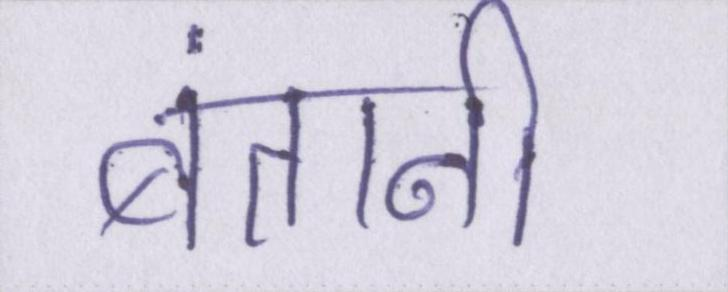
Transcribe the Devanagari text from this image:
बंतानी